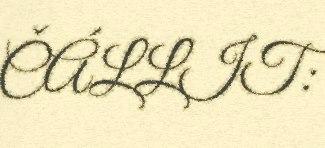
ČÁLLIT: